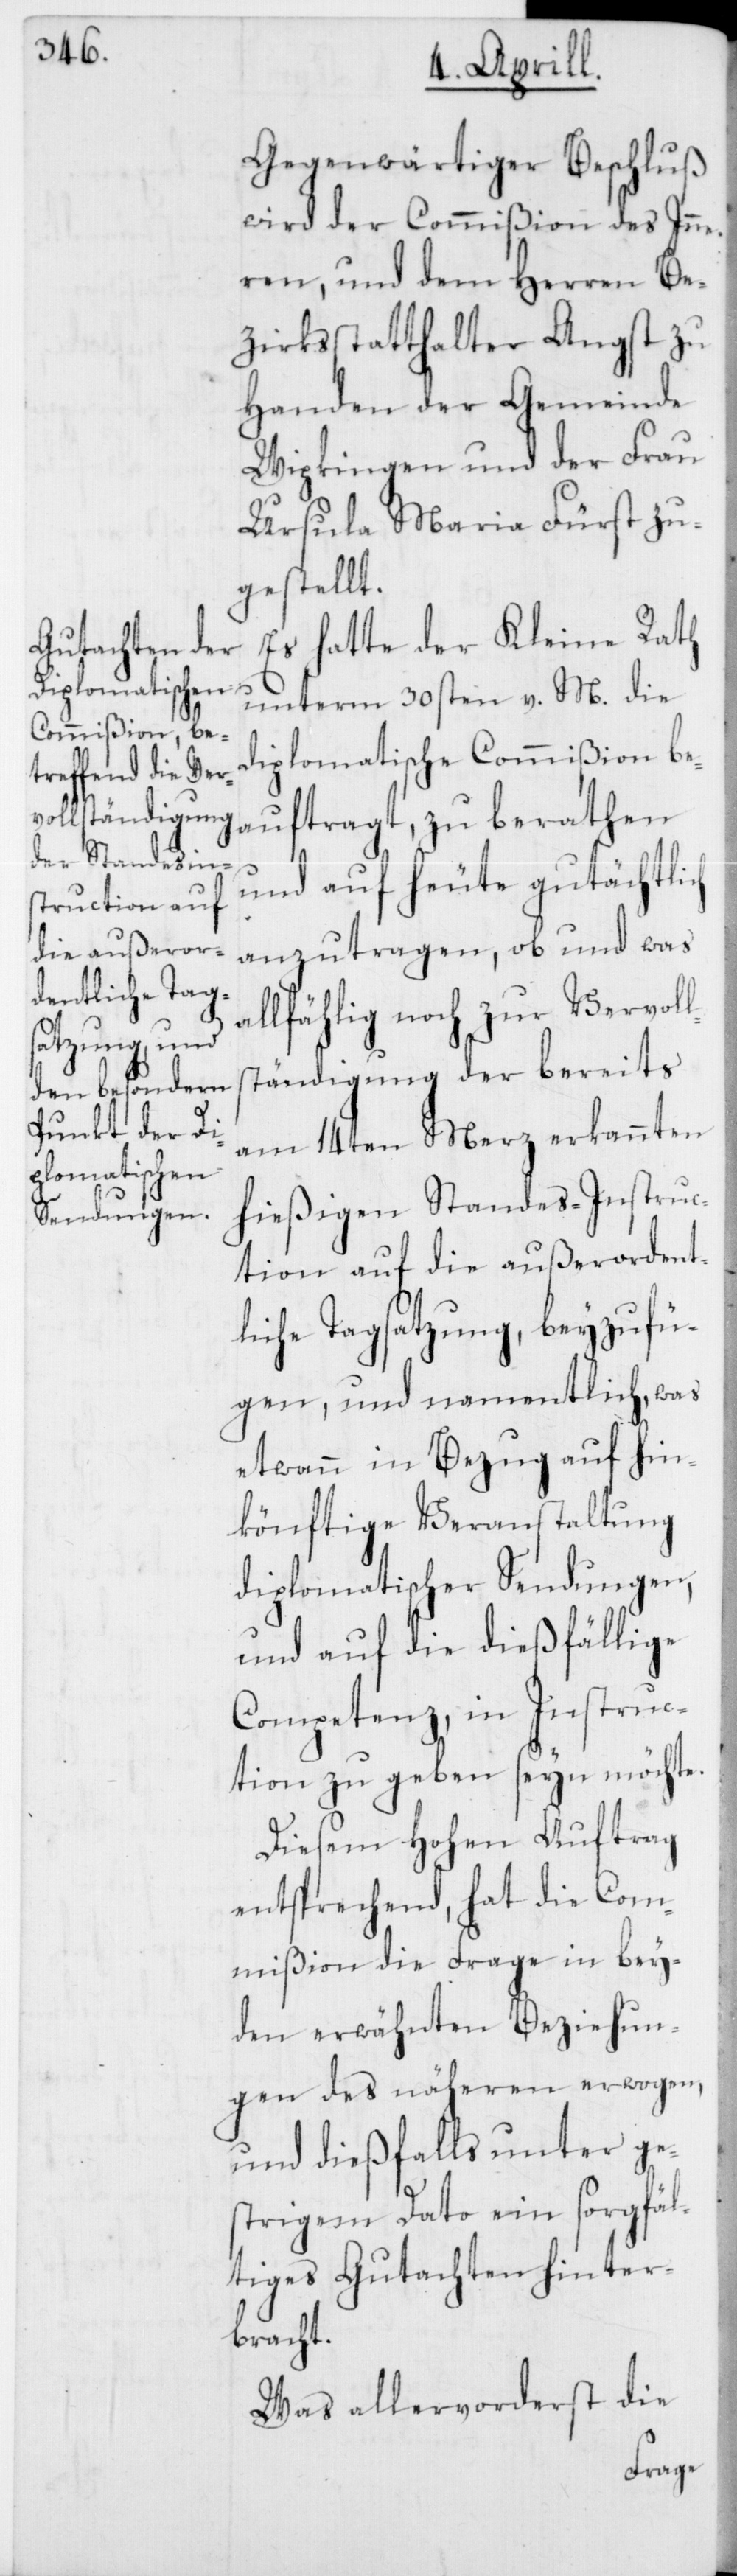
Gegenwärtiger Beschluß
wird der Commißion des Inn¬
eren, und dem Herren Be¬
zirksstatthalter Angst zu
Handen der Gemeinde
Wipkingen und der Frau
Ursula Maria Fürst zu¬
gestellt.
Es hatte der Kleine Rath
unterm 30sten v. M. die
diplomatische Commißion bea¬
und auf heute gutächtlich
anzutragen, ob und was
allfählig noch zur Vervoll¬
ständigung der bereits
am 14ten Merz erkannten
hießigen Standes-Instruc¬
tion auf die außerordent¬
liche Tagsatzung beyzufü¬
gen, und namentlich, was
etwann in Bezug auf hin¬
könftige Veranstaltung
diplomatischer Sendungen,
und auf die dießfällige
Competenz, in Instruc¬
tion zu geben seyn möchte.
Diesem hohen Auftrag
entsprechend, hat die Com¬
mißion die Frage in bey¬
den erwähnten Beziehun¬
gen des näheren erwogen,
und dießfalls unter ge¬
strigen Dato ein sorgfäl¬
tiges Gutachten hinter¬
bracht.
Was allervorderst die
uftragt,